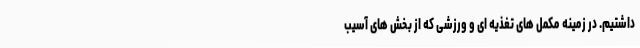
داشتیم. در زمینه مکمل‌ های تغذیه ‌ای و ورزشی که از بخش‌ های آسیب‌